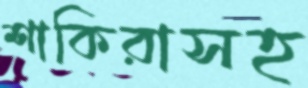
শাকিরাসহ